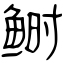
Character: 鲥